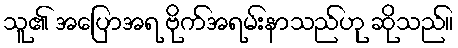
သူ၏ အပြောအရ ဗိုက်အရမ်းနာသည်ဟု ဆိုသည်။